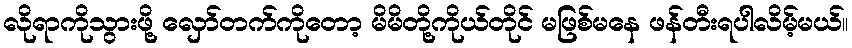
လိုရာကိုသွားဖို့ လှော်တက်ကိုတော့ မိမိတို့ကိုယ်တိုင် မဖြစ်မနေ ဖန်တီးရပါလိမ့်မယ်။